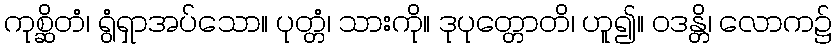
ကုစ္ဆိတံ၊ ရွံရှာအပ်သော။ ပုတ္တံ၊ သားကို။ ဒုပုတ္တောတိ၊ ဟူ၍။ ဝဒန္တိ၊ လောက၌